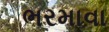
ભરમાવા